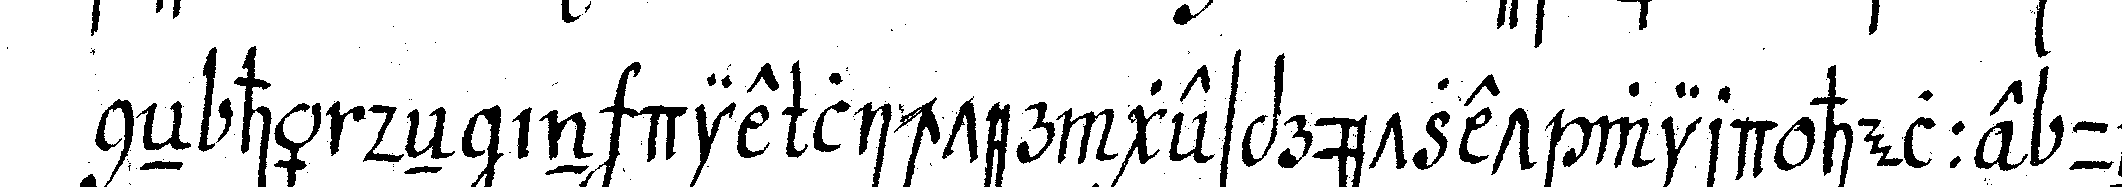
neN händeN in die lichter gesprützet wird helle und